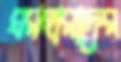
ঘরহারাদের